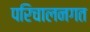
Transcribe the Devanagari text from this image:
परिचालनगत